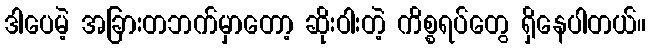
ဒါပေမဲ့ အခြားတဘက်မှာတော့ ဆိုးဝါးတဲ့ ကိစ္စရပ်တွေ ရှိနေပါတယ်။